Annual report on the working of the mental hospitals in the Madras Presidency - 1912-1932
Year: 1912
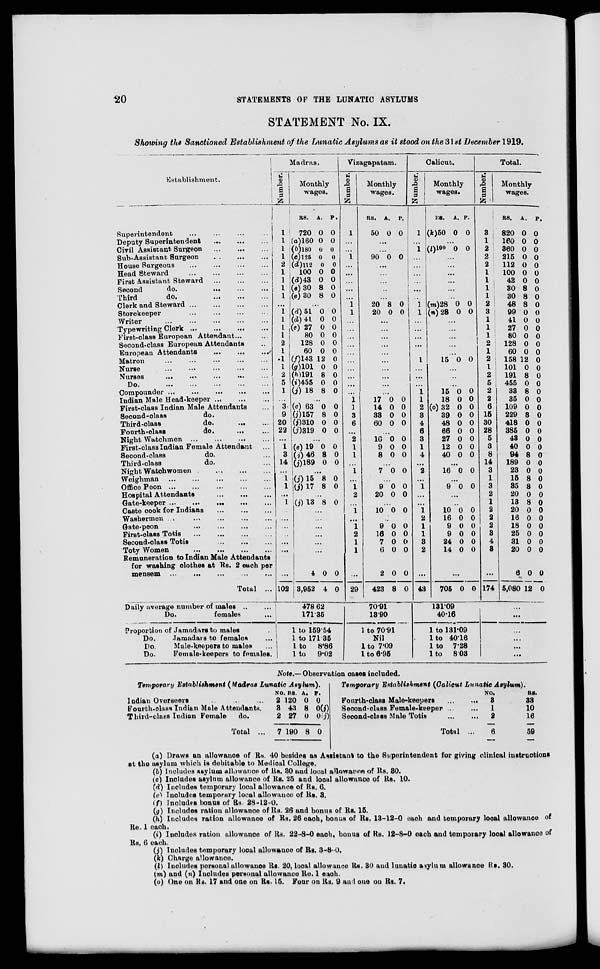
20
STATEMENTS OF THE LUNATIC ASYLUMS
STATEMENT No. IX.
Showing the Sanctioned Establishment of the Lunatic Asylums as it stood on the 31st December 1919.
Establishment.
Superintendent
...
...
...
...
...
Deputy Superintendent
...
...
...
...
Civil Assistant Surgeon
...
...
...
...
Sub-Assistant Surgeon ... ... ...
House
Surgeons
...
...
...
...
Head Steward
...
...
...
...
First Assistant Steward ... ... ...
Second
do.
...
...
...
Third
do.
...
...
...
Clerk and Steward
...
...
...
...
Storekeeper
...
...
...
...
Writer
...
...
...
...
Typewriting Clerk
...
...
...
...
First-class European Attendant ... ...
Second-class European Attendants ...
European Attendants
...
...
...
Matron ... ... ... ... ...
Nurse
...
...
...
...
...
Nurses
...
...
...
...
...
Do
.
...
...
...
...
...
Compounder ... ... ... ... ...
Indian Male Head-keeper ... ... ...
First-class Indian Male Attendants ...
Second-class
do. ... ...
Third-class
do.
...
...
Fourth-class
do.
... ...
Night Watchmen
...
...
...
...
First-class Indian Female Attendant ...
Second-class
do. ... ...
Third-class
do. ... ...
Night Watchwomen
...
...
...
...
Weighman
...
...
...
...
...
Office Peon
...
...
...
...
...
Hospital Attendants
...
...
...
Gate-keeper ... ... ... ... ...
Caste cook for Indians
...
...
...
Washermen
...
...
...
...
Gate-peon ... ... ... ...
First-class Totis
...
...
...
...
Second-class Totis
...
...
...
Toty Women
...
...
...
...
Remuneration to Indian Male Attendants
for washing clothes at Rs. 2 each per
mensem ... ... ... ... ... ...
Total ...
Daily average number of males ... ...
Do.
females ...
Proportion of Jamadars to males ...
Do.
Jamadars to females ...
Do.
Male-keepers to males ...
Do.
Female-keepers to females.
Madras.
Number.
1
1
1
1
2
1
1
1
1
...
1
1
1
1
2
1
1
1
2
5
1
3
9
20
22
...
1
3
14
...
1
1
...
1
...
...
..
...
...
. ..
102
Monthly
wages.
RS.
720
(a)160
(b)180
(c)l26
(d)112
100
(d)43
(e)30
(e)30
A.
0
0
0
0
0
0
0
8
8
P.
0
0
0
0
0
0
0
0
0
...
(d)51
(d)41
(e) 27
80
128
60
(f)143
(g) 101
(h)191
(0455
(j) 18
0
0
0
0
0
0
12
0
8
0
8
0
0
0
0
0
0
0
0
0
0
0
...
(e) 63
0)157
(j)310
0)319
0
8
0
0
0
0
0
0
...
(e)19
(j) 46
0)189
0
8
0
0
0
0
...
(j) 15
(j) 17
8
8
0
0
(j) 13 8 0
...
...
...
...
4
3,952
0
4
0
0
478 .62
171.35
1 to 159.54
1 to 171.35
1 to8.86
1 to9.02
Vizagapatam.
Number.
1
...
...
1
...
...
...
...
...
1
1
...
...
...
...
...
...
...
...
...
...
1
1
3
6
. ..
2
1
1
...
1
...
1
2
. . .
1
...
1
2
1
1
...
29
Monthly
wages.
RS.
50
A.
0
P.
0
...
...
90 0 0
...
...
...
...
...
20
20
8
0
0
0
...
.. .
...
...
.. .
...
...
...
...
...
17
14
33
60
0
0
0
0
0
0
0
0
...
16
9
8
0
0
0
0
0
0
...
7 0 0
...
9
20
0
0
0
0
...
10 0 0
...
9
16
7
6
2
423
0
0
0
0
0
3 8
0
0
0
0
0
6 0
70.91
13.90
1 to70.91
Nil
1 to 7.09
1 to 6.95
Calicut.
Number.
1
...
1
...
...
...
...
. ..
...
1
1
...
...
...
...
...
1
...
...
...
1 1
2
3
4
6
3
1
4
...
2
...
1
...
...
1
2
1
1
3
2
...
43
Monthly
wages.
RS.
(k)50
A.
0
P.
0
...
(l)100 0 0
...
. . .
...
...
...
...
(m)28
(n)28
0
0
0
0
...
...
...
...
. . .
15 0 0
...
...
...
15
18
(o)32
39
48
66
27
12
40
0
0
0
0
0
0
0
0
0
0
0
0
0
0
0
0
0
0
...
16 0 0
...
9 0 0
...
...
10
16
9
9
24
14
0
0
0
0
0
0
0
0
0
0
0
0
705 0 0
131.09
40.16
1 to131.09
1t o40.16
1 to7.28
1to8.03
Total.
Number.
1
3
1
2
2
2
1
1
1
1
2
3
1
1
1
2
1
2
1
2 5
2
2
6
15
30
28
5
3
8
14
3
1
3
2
1
2
2
2
3
4
8
...
174
Monthly
wages.
RS.
820
160
360
215
112
100
43
30
30
48
99
41
27
80
128
60
158
101
191
455
33
35
109
229
418
385
43
40
94
189
23
15
85
20
13
20
16
18
25
31
20
6
5,080
A.
0
0
0
0
0
0
0
8
8
8
0
0
0
0
0
0
12
0
8
0
8
0
0
8
0
0
0
0
8
0
0
8
8
0
8
0
0
0
0
0
0
0
12
P.
0
0
0
0
0
0
0
0
0
0
0
0
0
0
0
0
0
0
0
0
0
0
0
0
0
0
0
0
0
0
0
0
0
0
0
0
0
0
0
0
0
0
0
...
...
...
...
...
...
Note.— Observation cases included.
Temporary Establishment (Madras Lunatic
Asylum).
Indian Overseers ... ... ...
Fourth-class Indian Male Attendants.
Third-class Indian Female
do.
Total ...
NO.
2
3
2
7
RS.
120
43
27
190
A.
0
8
0
8
P.
0
0(j)
0(j)
0
Temporary Establishment (Calicut Lunatic
Asylum).
Fourth-class Male-keepers
...
...
Second-Class Female-keeper ... ...
Second-class Male Totis
...
...
...
Total ...
NO.
3
1
2
6
RS.
33
10
16
59
(a) Draws an allowance of Rs. 40 besides as Assistant to the Superintendent for giving clinical instructions
at the asylum which is debitable to Medical College.
(b) Includes asylum allowance of Rs. 30 and local allowance of Rs. 30.
(c) Includes asylum allowance of Rs. 25 and local allowance of Rs. 10.
(d) Includes temporary local allowance of Rs. 6.
(e) Includes temporary local allowance of Rs. 3.
(f) Includes bonus of Rs. 28-12-0.
(g) Includes ration allowance of Rs. 26 and bonus of Rs. 15.
(h) Includes ration allowance of Rs. 26 each, bonus of Rs. 13-12-0 each and temporary local allowance of
Re. 1 each.
(i) Includes ration allowance of Rs. 22-8-0 each, bonus of Rs. 12-8-0 each and temporary local allowance of
Rs. 6 each.
(j) Includes temporary local allowanoe of Rs. 3-8-0.
(k) Charge allowance.
(l) Includes personal allowance Rs. 20, local allowance Rs. 30 and lunatic asylum allowance Rs. 30.
(m) and (n) Includes personal allowance Re. 1 each.
(o) One on Rs. 17 and one on Rs. 15. Four on Rs. 9 and one on Rs. 7.